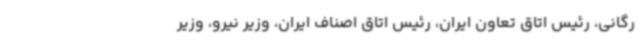
رگانی، رئیس اتاق تعاون ایران، رئیس اتاق اصناف ایران، وزیر نیرو، وزیر